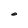
Character: O